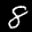
Label: 8